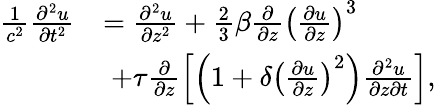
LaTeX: \begin{array}{rl}{\frac{1}{c^{2}}\frac{\partial^{2}u}{\partial t^{2}}}&{=\frac{\partial^{2}u}{\partial z^{2}}+\frac 23\beta\frac{\partial}{\partial z}\left(\frac{\partial u}{\partial z}\right)^{3}}\\ &{\; +\tau\frac{\partial}{\partial z}\left[\left(1+\delta\left(\frac{\partial u}{\partial z}\right)^{2}\right)\frac{\partial^{2}u}{\partial z\partial t}\right],}\end{array}